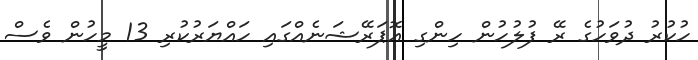
ހުކުރު ދުވަހުގެ ރޭ ފުލުހުން ހިންގި އޮޕަރޭޝަނެއްގައި ހައްޔަރުކުރި 13 މީހުން ވެސް